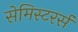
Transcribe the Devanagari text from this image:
सेमिस्टरर्स